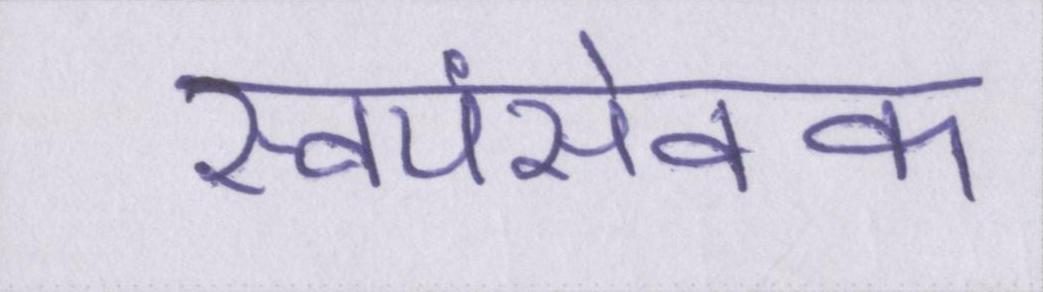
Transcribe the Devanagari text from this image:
स्वयंसेवक